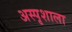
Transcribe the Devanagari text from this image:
अस्पृशाला